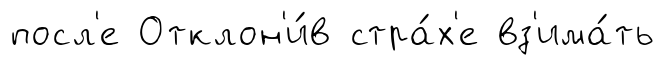
посл'е Отклон'и́в стра́х'е вз'има́ть